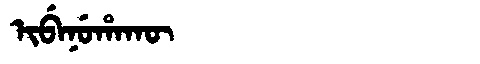
Manchu: ᡳᠪᡝᠨᡠᡥᠠᡴᡡ
Romanization: IBENUHAKŪ